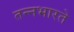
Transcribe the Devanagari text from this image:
तन्नभारते